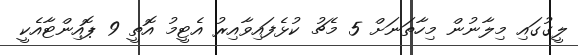
ލީގުގައި މިލާނުން މިހާތަނަށް 5 މެޗު ކުޅެފައިވާއިރު އެޓީމު އޮތީ 9 ޕޮއިންޓާއެކީ